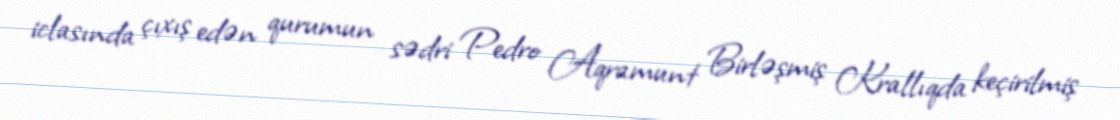
iclasında çıxış edən qurumun sədri Pedro Aqramunt Birləşmiş Krallıqda keçirilmiş